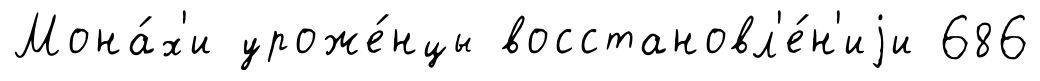
Мона́х'и уроже́нцы восстановл'е́н'иjи 686